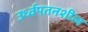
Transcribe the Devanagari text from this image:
उर्ध्वपतनशील